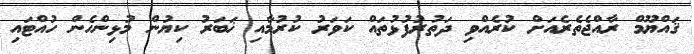
ޤައްޔޫމް ރާއްޖެތެރެއަށް ކުރެއްވި ދަތުރުފުޅުތައް ކަވަރު ކުރުމާއި ޚަބަރު ކިޔުން މުޅިންހެން ހުއްޓައި